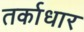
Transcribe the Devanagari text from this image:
तर्काधार